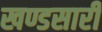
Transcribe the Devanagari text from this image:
खण्डसारी